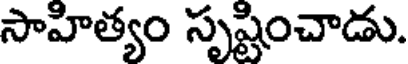
సాహిత్యం సృష్టించాడు.